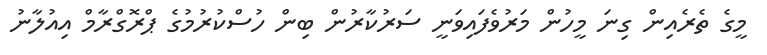
މީގެ ތެރެއިން ގިނަ މީހުން މަރުވެފައިވަނީ ސަރުކާރުން ބިން ހުސްކުރުމުގެ ޕްރޮގްރާމް އިއުލާނު